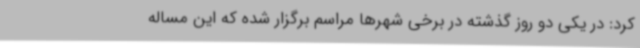
کرد: در یکی دو روز گذشته در برخی شهرها مراسم برگزار شده که این مساله